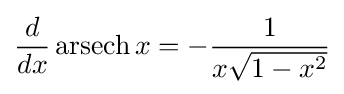
{\frac {d}{dx}}\operatorname {arsech} x=-{\frac {1}{x{\sqrt {1-x^{2}}}}}